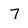
Character: 7